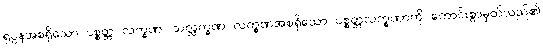
ရုပ္ပနအစရှိသော ပစ္စတ္တ လက္ခဏ၊ သလ္လက္ခဏ လက္ခဏအစရှိသော ပစ္စတ္တလက္ခဏာကို ကောင်းစွာမှတ်သည်၏